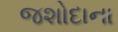
જશોદાના